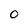
Character: O